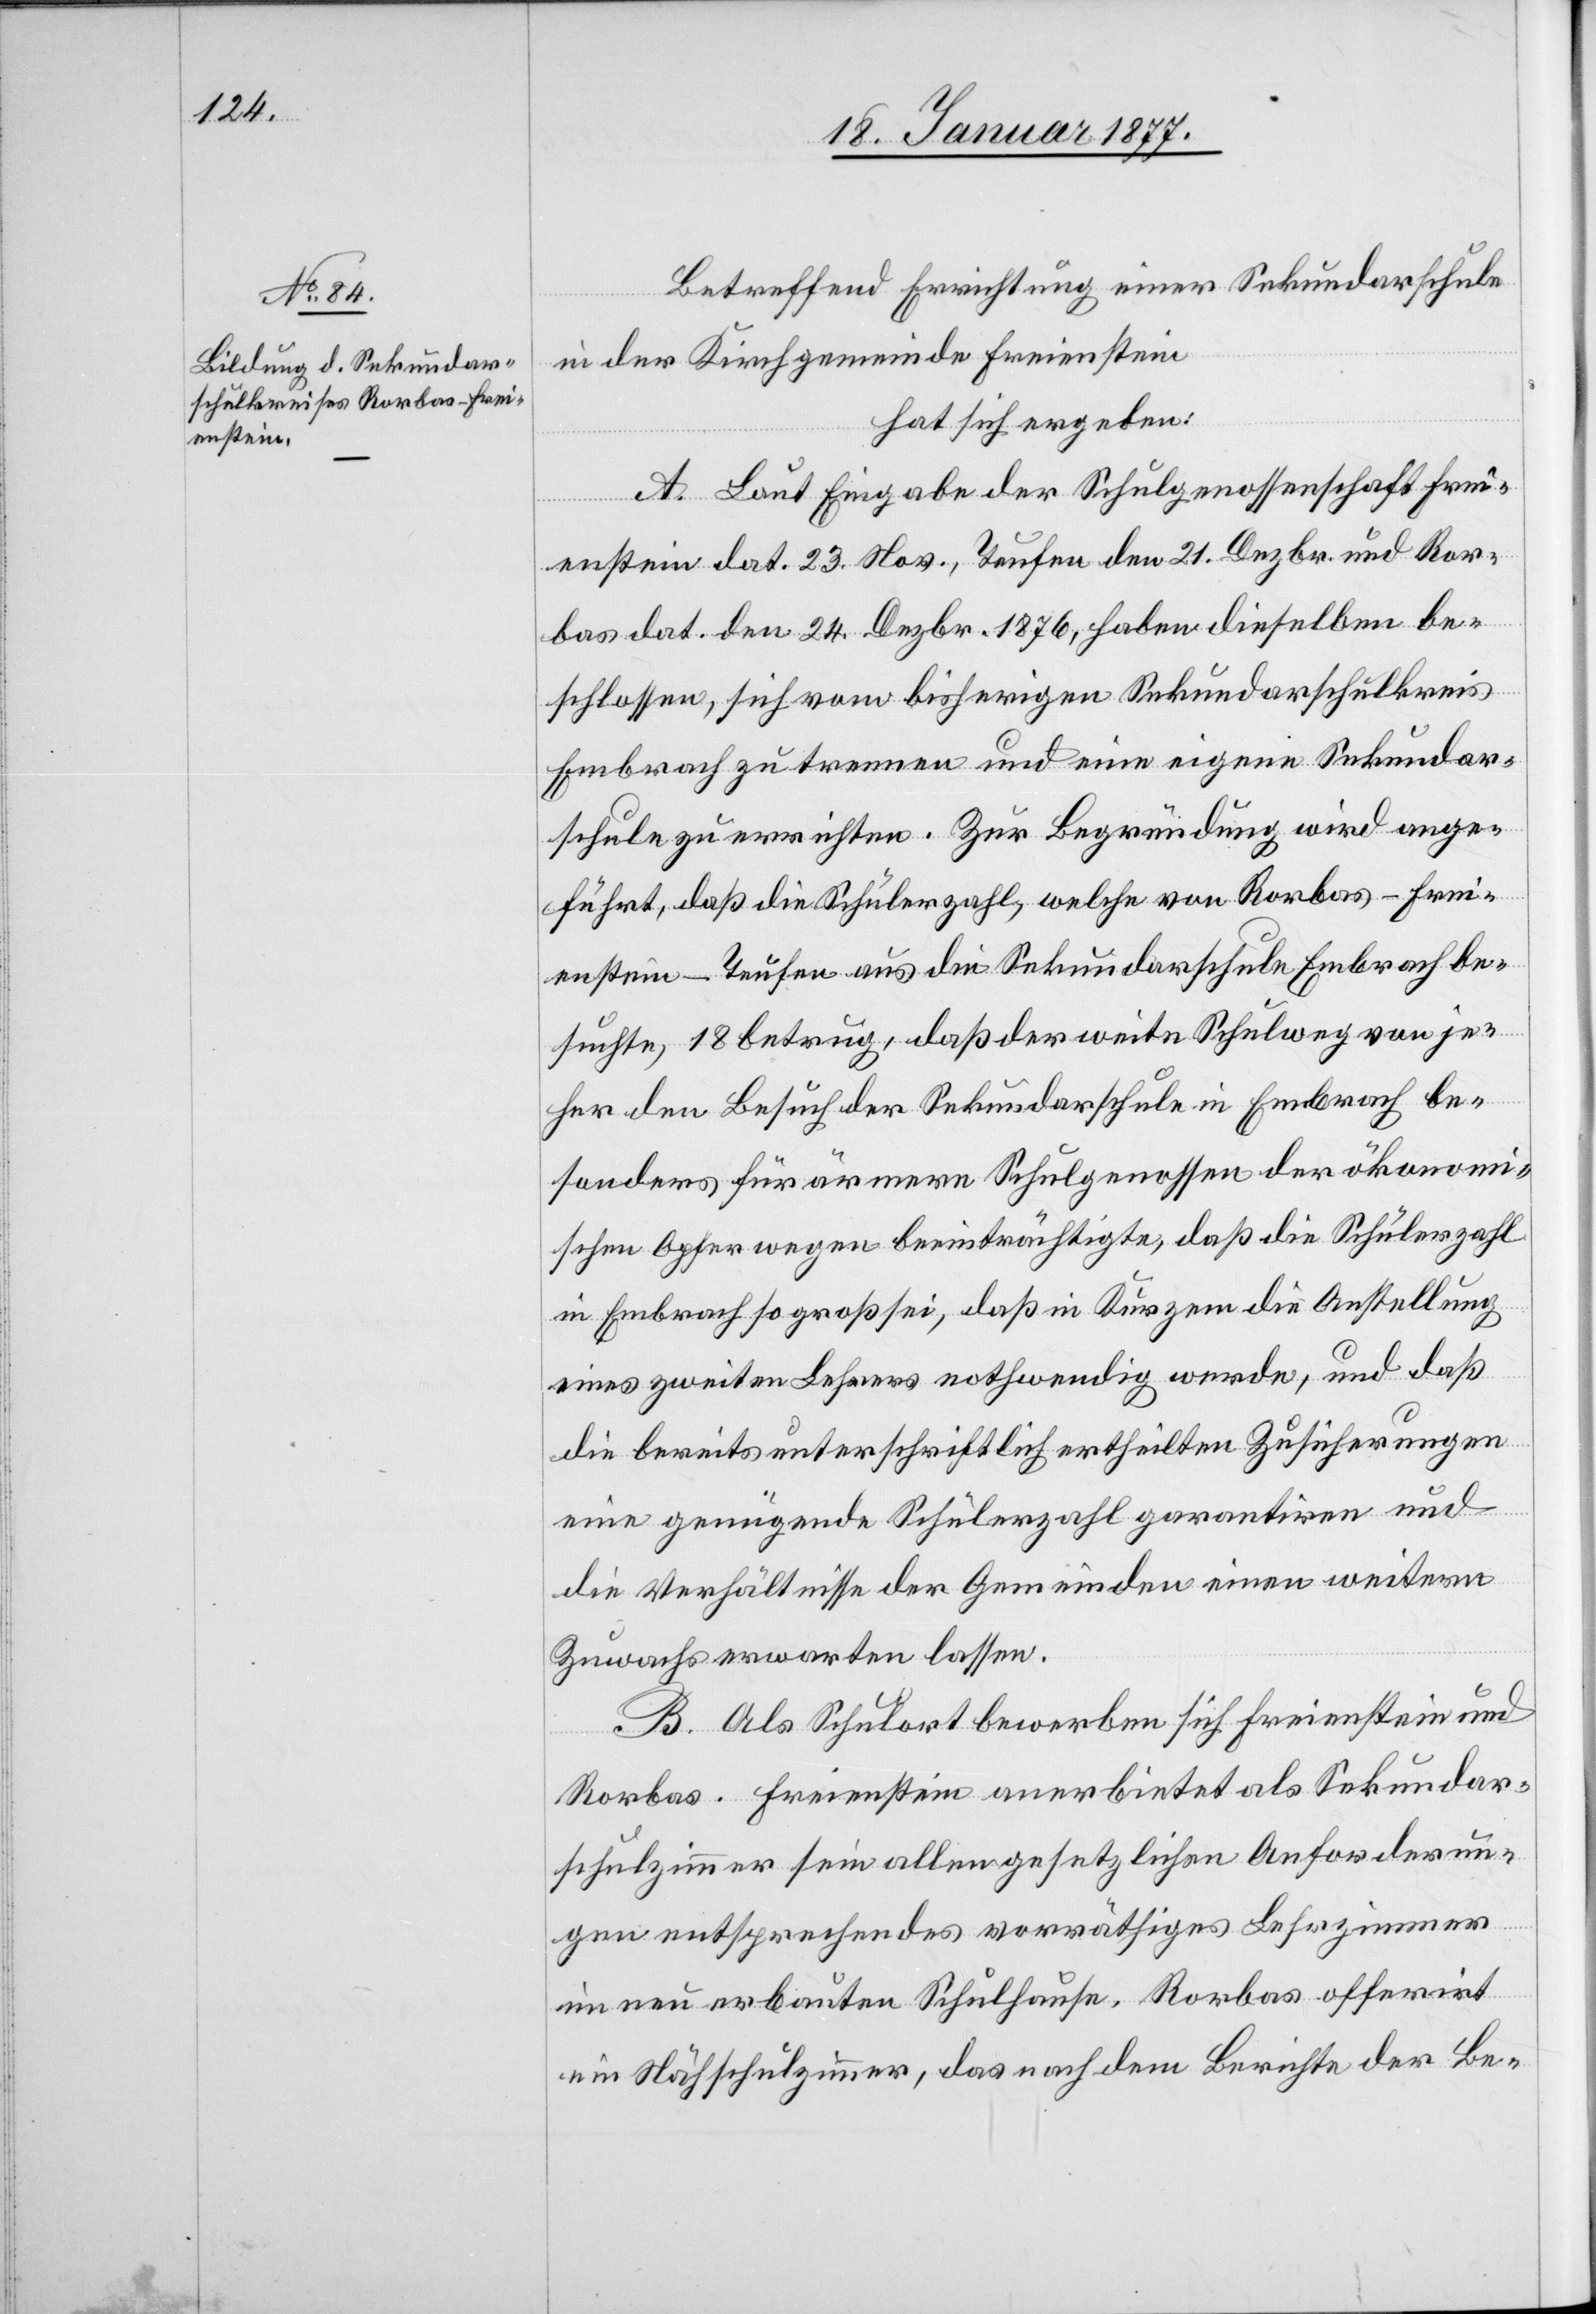
Betreffend Errichtung einer Sekundarschule
in der Kirchgemeinde Freienstein
hat sich ergeben:
A. Laut Eingabe der Schulgenossenschaft Frei¬
enstein dat. 23. Nov., Teufen den 21. Dezbr. und Ror¬
bas dat. den 24. Dezbr. 1876, haben dieselben be¬
schlossen, sich vom bisherigen Sekundarschulkreis
Embrach zu trennen und eine eigene Sekundar¬
schule zu errichten. Zur Begründung wird ange¬
führt, daß die Schülerzahl, welche von Rorbas-Frei¬
enstein-Teufen aus die Sekundarschule Embrach be¬
suchte, 18 betrug, daß der weite Schulweg von je¬
her den Besuch der Sekundarschule in Embrach be¬
sonders für ärmere Schulgenossen der ökonomi¬
schen Opfer wegen beeinträchtige, daß die Schülerzahl
in Embrach so groß sei, daß in Kurzem die Anstellung
eines zweiten Lehrers nothwendig werde, und daß
die bereits unterschriftlich ertheilten Zusicherungen
eine genügende Schülerzahl garantiren und
die Verhältnisse der Gemeinden einen weitern
Zuwachs erwarten lassen.
B. Als Schulort bewerben sich Freienstein und
Rorbas. Freienstein anerbietet als Sekundar¬
schulzimmer sein allen gesetzlichen Anforderun¬
gen entsprechendes vorläufiges Lehrzimmer
im neu erbauten Schulhause. Rorbas offerirt
ein Nähschulzimmer, das nach dem Berichte der Be-